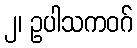
၂၊ ဥပါသကဝဂ်